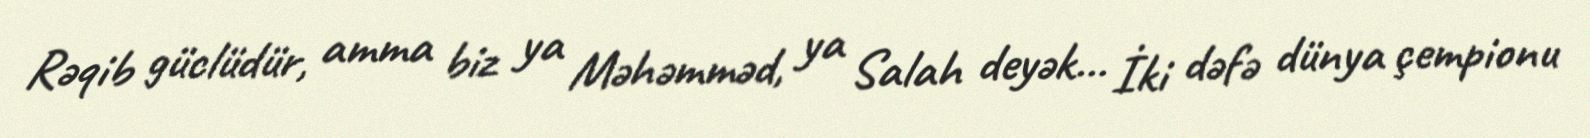
Rəqib güclüdür, amma biz ya Məhəmməd, ya Salah deyək... İki dəfə dünya çempionu